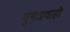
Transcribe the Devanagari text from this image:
पुनःप्रवाही